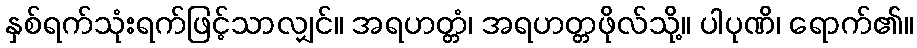
နှစ်ရက်သုံးရက်ဖြင့်သာလျှင်။ အရဟတ္တံ၊ အရဟတ္တဖိုလ်သို့။ ပါပုဏိ၊ ရောက်၏။